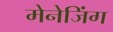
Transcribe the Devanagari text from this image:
मेनेजिंग